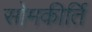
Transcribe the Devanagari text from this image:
सोमकीर्ति